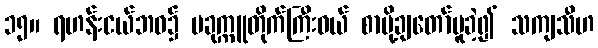
၁၅။ ရဟန်းငယ်ဘဝ၌ ပခုက္ကူတိုက်ကြီးဝယ် စာပို့ချတော်မူခဲ့၍ သကျသီဟ